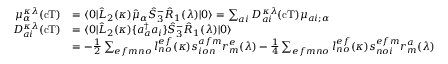
\begin{array} { r l } { \mu _ { \alpha } ^ { \kappa \lambda } ( \mathrm { c T } ) } & { = \langle 0 | \hat { L } _ { 2 } ( \kappa ) \hat { \mu } _ { \alpha } \hat { S } _ { 3 } ^ { - } \hat { R } _ { 1 } ( \lambda ) | 0 \rangle = \sum _ { a i } D _ { a i } ^ { \kappa \lambda } ( \mathrm { c T } ) \mu _ { a i ; \alpha } } \\ { D _ { a i } ^ { \kappa \lambda } ( \mathrm { c T } ) } & { = \langle 0 | \hat { L } _ { 2 } ( \kappa ) \{ a _ { a } ^ { \dagger } a _ { i } \} \hat { S } _ { 3 } ^ { - } \hat { R } _ { 1 } ( \lambda ) | 0 \rangle } \\ & { = - \frac { 1 } { 2 } \sum _ { e f m n o } l _ { n o } ^ { e f } ( \kappa ) s _ { i o n } ^ { a f m } r _ { m } ^ { e } ( \lambda ) - \frac { 1 } { 4 } \sum _ { e f m n o } l _ { n o } ^ { e f } ( \kappa ) s _ { n o i } ^ { e f m } r _ { m } ^ { a } ( \lambda ) } \end{array}